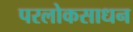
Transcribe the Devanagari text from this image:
परलोकसाधन